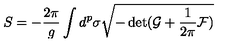
S = - \frac { 2 \pi } { g } \int d ^ { p } \sigma \sqrt { - \det ( \mathcal { G } + \frac { 1 } { 2 \pi } \mathcal { F } ) }